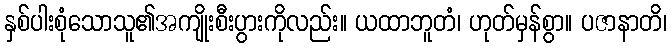
နှစ်ပါးစုံသောသူ၏အကျိုးစီးပွားကိုလည်း။ ယထာဘူတံ၊ ဟုတ်မှန်စွာ။ ပဇာနာတိ၊